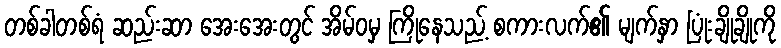
တစ်ခါတစ်ရံ ဆည်းဆာ အေးအေးတွင် အိမ်ဝမှ ကြိုနေသည့် စကားလက်၏ မျက်နှာ ပြုံးချိုချိုကို